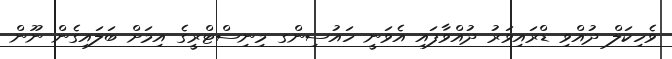
ވެހިކަލް ދުއްވި ޑްރައިވަރު ދުއްވާފައި އެވަނީ ހައުސިންގ މިނިސްޓްރީގެ އިމަށް ބަލައިގެން ނޫން